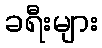
ခရီးများ